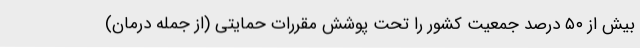
بیش از ۵۰ درصد جمعیت کشور را تحت پوشش مقررات حمایتی (از جمله درمان)